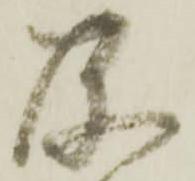
及